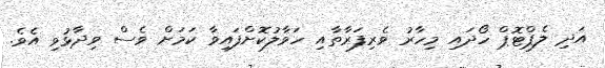
އަދި ލެޕްޓޮޕް ހޯދައި މިހާރު ވެރިފަރާތާއި ހަވާލުކޮށްފައިވާ ކަަމަށް ވެސް ވިދާޅުވި އެވެ.